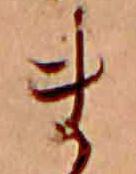
ま